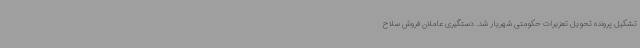
تشکیل پرونده تحویل تعزیرات حکومتی شهریار شد. دستگیری عاملان فروش سلاح